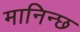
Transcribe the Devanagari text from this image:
मानिन्छ